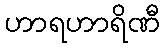
ဟာရဟာရိဏီ